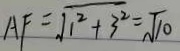
A F = \sqrt { 1 ^ { 2 } + 3 ^ { 2 } } = \sqrt { 1 0 }